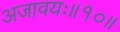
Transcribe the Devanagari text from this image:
अजावयः॥१०॥